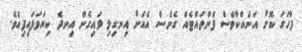
ފާހަގަ ކޮށް އަނެއްކާވެސް ފެންތައްޓެއް ގެނެސް އެއަށް އިނގިލި ލައިގެން އިނދެ ކިޔަވަފައިފިއެވެ.